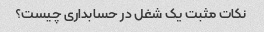
نکات مثبت یک شغل در حسابداری چیست؟